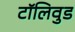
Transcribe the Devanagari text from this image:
टॉलिवुड